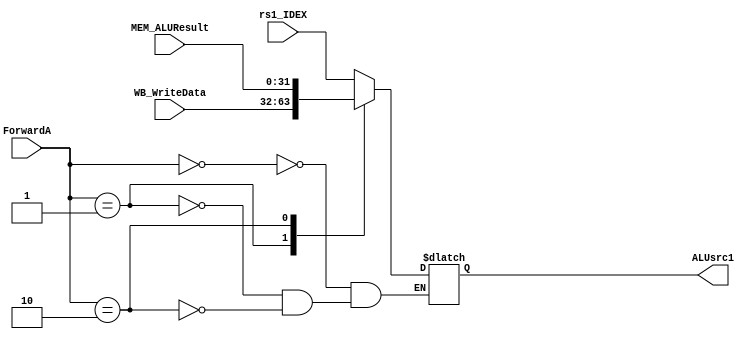
module MUX_Reg1(rs1_IDEX, WB_WriteData, MEM_ALUResult, ForwardA, ALUsrc1);

input [31:0] rs1_IDEX;
input [31:0] WB_WriteData;
input [31:0] MEM_ALUResult;
input [1:0]  ForwardA;
output reg [31:0] ALUsrc1;

always @ (rs1_IDEX, WB_WriteData, MEM_ALUResult, ForwardA, ALUsrc1)
begin
	case(ForwardA)
		2'b00: ALUsrc1 = rs1_IDEX;
		2'b01: ALUsrc1 = WB_WriteData;
		2'b10: ALUsrc1 = MEM_ALUResult;
	endcase
end

endmodule